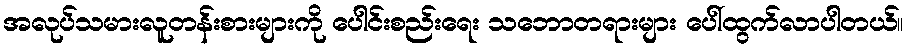
အလုပ်သမားလူတန်းစားများကို ပေါင်းစည်းရေး သဘောတရားများ ပေါ်ထွက်လာပါတယ်။